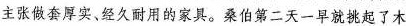
主张做套厚实、经久耐用的家具。桑伯第二天一早就挑起了木